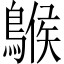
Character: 䳧